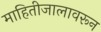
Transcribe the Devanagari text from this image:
माहितीजालावरून